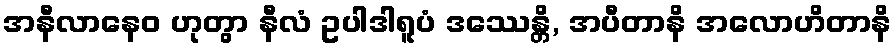
အနီလာနေဝ ဟုတွာ နီလံ ဥပါဒါရူပံ ဒဿေန္တိ, အပီတာနိ အလောဟိတာနိ